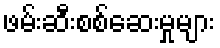
ဖမ်းဆီးစစ်ဆေးမှုများ